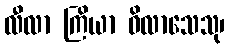
လီလာ ကြိယာ ဝိလာသေသု၊